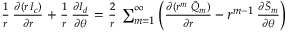
\begin{array} { r } { { \frac { 1 } { r } } \, { \frac { \partial ( r \, I _ { c } ) } { \partial r } } + { \frac { 1 } { r } } \, { \frac { \partial I _ { d } } { \partial \theta } } = { \frac { 2 } { r } } \, \sum _ { m = 1 } ^ { \infty } \left( { \frac { \partial ( r ^ { m } \; { \tilde { Q } } _ { m } ) } { \partial r } } - r ^ { m - 1 } \, { \frac { \partial { \tilde { S } } _ { m } } { \partial \theta } } \right) } \end{array}